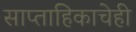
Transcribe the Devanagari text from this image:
साप्ताहिकाचेही